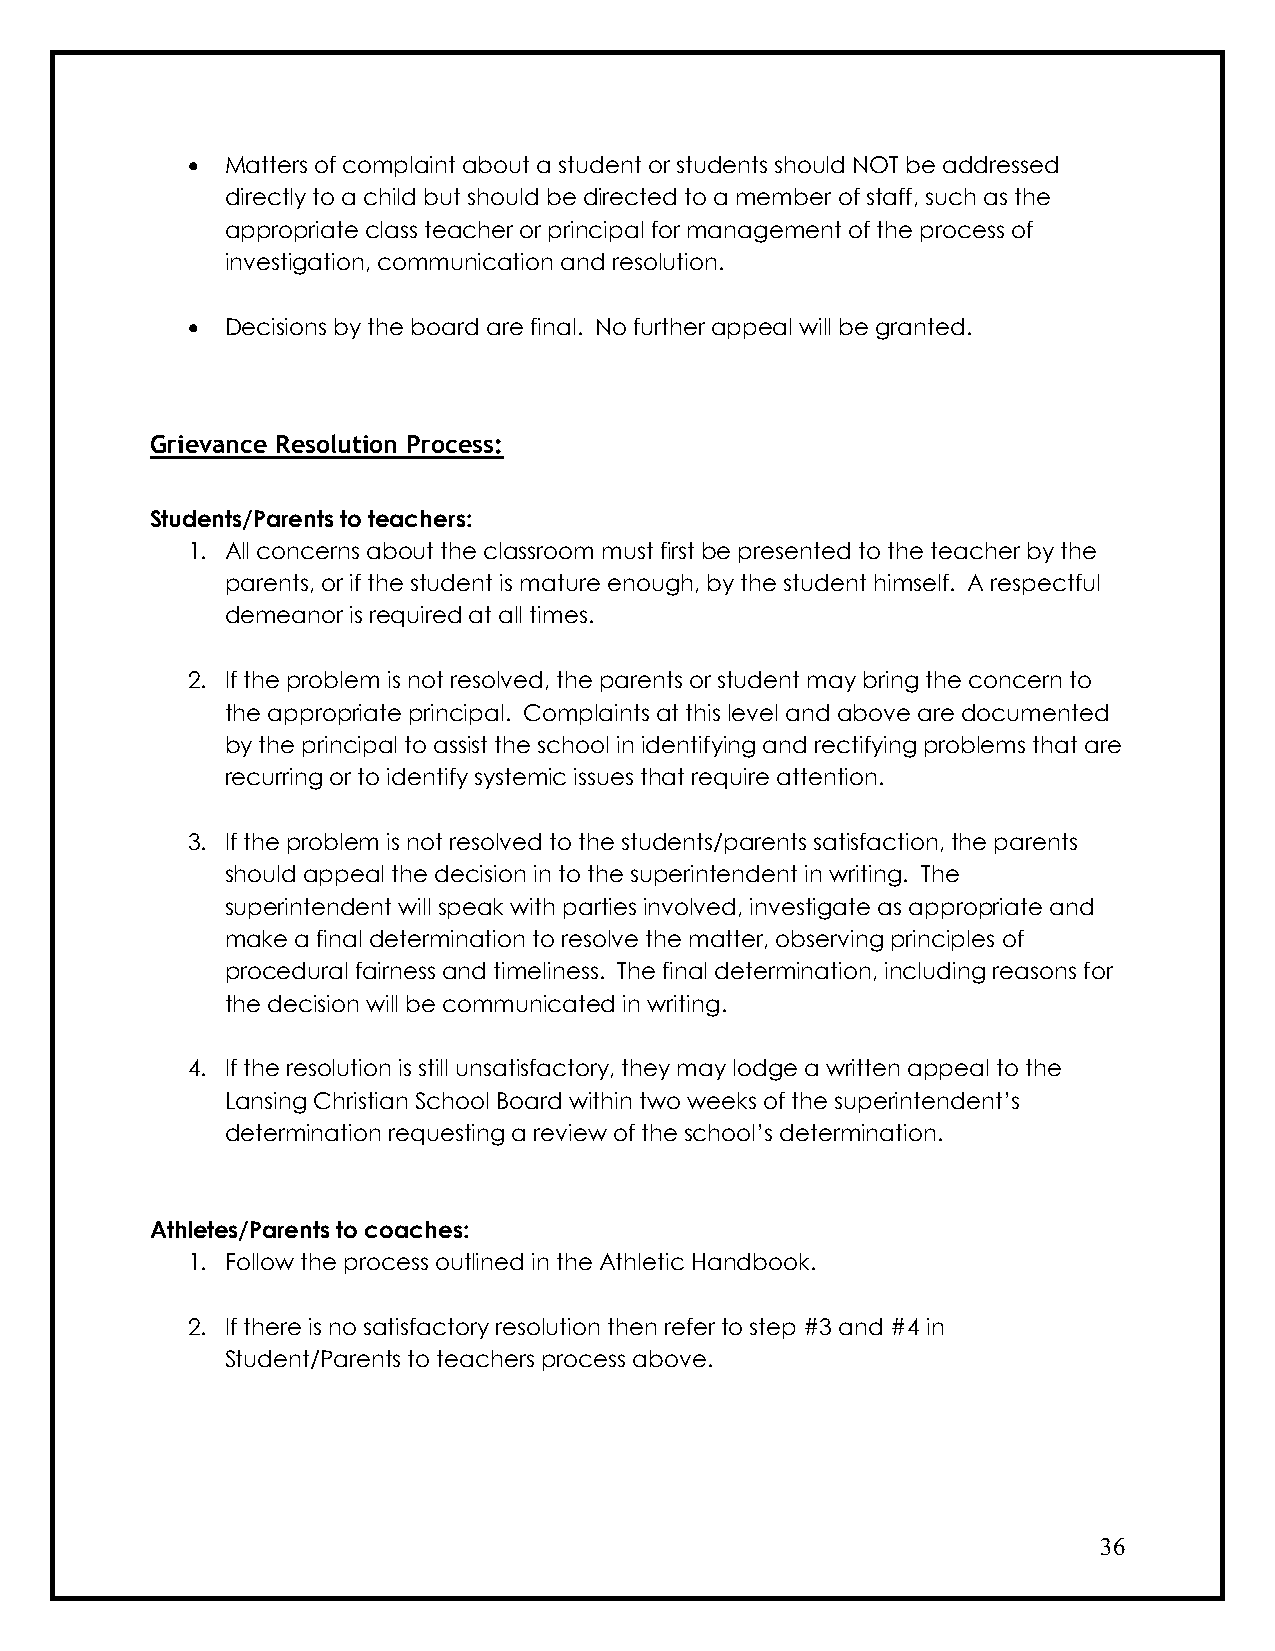
•  Matters of complaint about a student or students should NOT be addressed
 directly to a child but should be directed to a member of staff, such as the
 appropriate class teacher or principal for management of the process of
 investigation, communication and resolution.
 •  Decisions by the board are final. No further appeal will be granted.
 Grievance Resolution Process:
 Students/Parents to teachers:
 1. All concerns about the classroom must first be presented to the teacher by the
 parents, or if the student is mature enough, by the student himself. A respectful
 demeanor is required at all times.
 2. If the problem is not resolved, the parents or student may bring the concern to
 the appropriate principal. Complaints at this level and above are documented
 by the principal to assist the school in identifying and rectifying problems that are
 recurring or to identify systemic issues that require attention.
 3. If the problem is not resolved to the students/parents satisfaction, the parents
 should appeal the decision in to the superintendent in writing. The
 superintendent will speak with parties involved, investigate as appropriate and
 make a final determination to resolve the matter, observing principles of
 procedural fairness and timeliness. The final determination, including reasons for
 the decision will be communicated in writing.
 4. If the resolution is still unsatisfactory, they may lodge a written appeal to the
 Lansing Christian School Board within two weeks of the superintendent’s
 determination requesting a review of the school’s determination.
 Athletes/Parents to coaches:
 1. Follow the process outlined in the Athletic Handbook.
 2. If there is no satisfactory resolution then refer to step #3 and #4 in
 Student/Parents to teachers process above.
 36